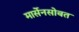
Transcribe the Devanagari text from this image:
मार्सेनसोबत